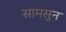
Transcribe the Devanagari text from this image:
सामसुन